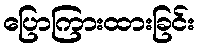
ပြောကြားထားခြင်း